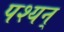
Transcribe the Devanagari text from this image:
पश्यन्‌